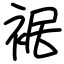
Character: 裾